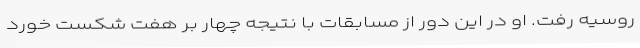
روسیه رفت. او در این دور از مسابقات با نتیجه چهار بر هفت شکست خورد